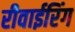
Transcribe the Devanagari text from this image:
रीवाईरिंग